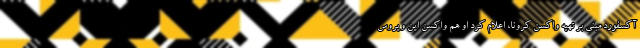
آکسفورد مبنی بر تهیه واکسن کرونا، اعلام کرد او هم واکسن این ویروس